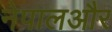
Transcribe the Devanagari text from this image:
नेपालऔर